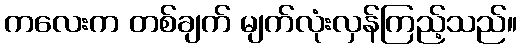
ကလေးက တစ်ချက် မျက်လုံးလှန်ကြည့်သည်။